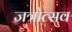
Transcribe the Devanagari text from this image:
जत्रोत्सव